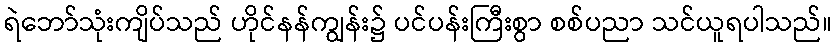
ရဲဘော်သုံးကျိပ်သည် ဟိုင်နန်ကျွန်း၌ ပင်ပန်းကြီးစွာ စစ်ပညာ သင်ယူရပါသည်။